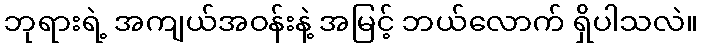
ဘုရားရဲ့ အကျယ်အဝန်းနဲ့ အမြင့် ဘယ်လောက် ရှိပါသလဲ။